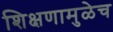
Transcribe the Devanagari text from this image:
शिक्षणामुळेच